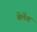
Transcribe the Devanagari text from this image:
बेलेंश